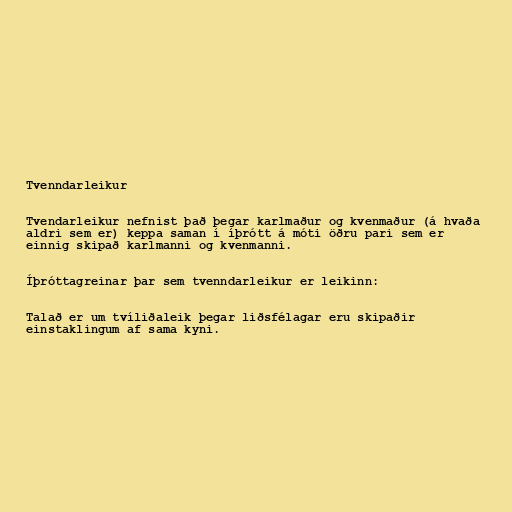
Tvenndarleikur

Tvendarleikur nefnist það þegar karlmaður og kvenmaður (á hvaða
aldri sem er) keppa saman í íþrótt á móti öðru pari sem er
einnig skipað karlmanni og kvenmanni.

Íþróttagreinar þar sem tvenndarleikur er leikinn:

Talað er um tvíliðaleik þegar liðsfélagar eru skipaðir
einstaklingum af sama kyni.